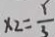
x _ { 2 } = \frac { 1 } { 3 }